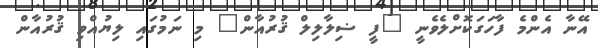
އޭނާ އެންމެ ފާހަގަކޮށްލެވެނީ "ފީ ޟިލާލިލް ޤުރުއާން" މި ނަމުގައި ލިޔުއްވި ޤުރުއާން